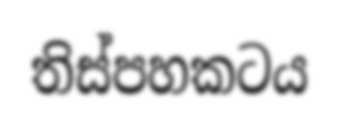
තිස්පහකටය